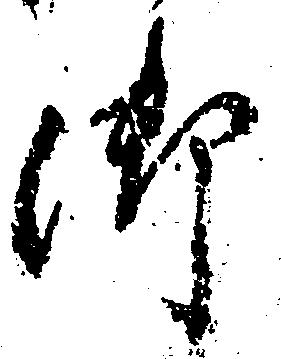
御